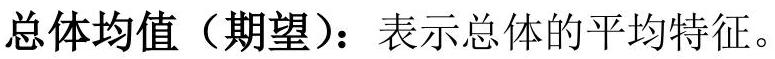
总体均值（期望）：表示总体的平均特征。